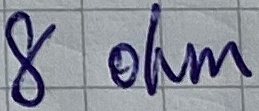
Text: 8 ohm